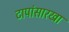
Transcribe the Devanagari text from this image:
टापांसारखा